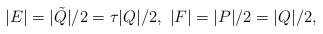
LaTeX: \begin{align*} |E|=|\tilde Q|/2=\tau|Q|/2,\ |F|=|P|/2=|Q|/2,\end{align*}